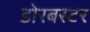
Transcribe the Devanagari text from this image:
डोरबस्टर